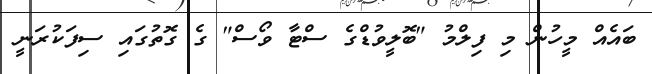
ބައެއް މީހުން މި ފިލްމު "ބޮލީވުޑްގެ ސްޓާ ވޯސް" ގެ ގޮތުގައި ސިފަކުރަނީ